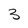
Character: 3